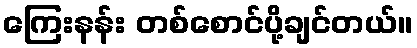
ကြေးနန်း တစ်စောင်ပို့ချင်တယ်။